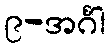
၉-အင်္ဂါ